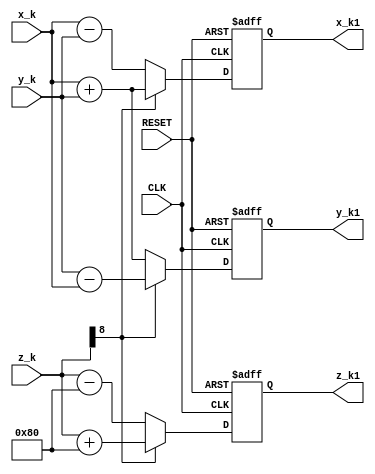
/***********************************************
Module Name:   CORDIC_Element
Feature:       One step CORDIC calculation
               An example for the book
Coder:         Garfield
Organization:  xxxx Group, Department of Architecture
------------------------------------------------------
Input ports:   clk: System clock
               Reset: System reset
               x_k, y_k, z_k: result from pre-step
Output Ports:  x_k1, y_k1, z_k1: result of this step
------------------------------------------------------
History:
03-19-2016: First Version by Garfield
03-19-2016: Verified by DDS_Line_test
***********************************************/

module CORDIC_elemet
#(parameter ADDRESS_WIDTH = 8,
//Address bit width for z_k
parameter VALUE_WIDTH = 8,
//Output value's bit width, internal one, for x_k and y_k
parameter[ADDRESS_WIDTH - 1 : 0] e_k = 2**(ADDRESS_WIDTH - 1),
//The rotation angle in this step
parameter ORDER = 0)
//Order of this element


  ( 
    input CLK,
    input RESET,
    input signed[VALUE_WIDTH : 0] x_k,
    input signed[VALUE_WIDTH : 0] y_k,
    input signed[ADDRESS_WIDTH : 0] z_k,
    output reg signed[VALUE_WIDTH : 0] x_k1,
    output reg signed[VALUE_WIDTH : 0] y_k1,
    output reg signed[ADDRESS_WIDTH : 0] z_k1
  );

//Defination for Varables in the module
wire d_k;

//Logicals
assign d_k = z_k[ADDRESS_WIDTH];
//Get the symbol of z_k

//z_k calculation
//Angle rotation operation
always @ (posedge CLK or negedge RESET)
begin
    if (!RESET)
    begin
        z_k1 <= {(ADDRESS_WIDTH){1'b0}};
    end
    else if (d_k == 1'b0)
    //d_k is positive or zero
    begin
        z_k1 <= z_k -{1'b0, e_k};
    end
    else
    //d_k is positive or zero
    begin
        z_k1 <= z_k + {1'b0, e_k};
    end
end

//x_k and z_k calculation
//Value operation
always @ (posedge CLK or negedge RESET)
begin
    if (!RESET)
    begin
        x_k1 <= {(VALUE_WIDTH){1'b0}};
    end
    else if (d_k == 1'b0)
    //d_k is positive or zero
    begin
        x_k1 <= x_k - (y_k>>>ORDER);
    end
    else
    //d_k is negative
    begin
        x_k1 <= x_k + (y_k>>>ORDER);
    end
end

always @ (posedge CLK or negedge RESET)
begin
    if (!RESET)
    begin
        y_k1 <= {(VALUE_WIDTH){1'b0}};
    end
    else if (d_k == 1'b0)
    //d_k is positive or zero
    begin
        y_k1 <= y_k + (x_k>>>ORDER);
    end
    else
    //d_k is negative
    begin
        y_k1 <= y_k - (x_k>>>ORDER);
    end
end
endmodule